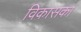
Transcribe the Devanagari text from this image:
विकासका